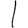
Digit: 1